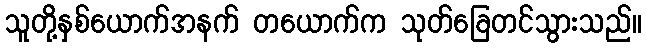
သူတို့နှစ်ယောက်အနက် တယောက်က သုတ်ခြေတင်သွားသည်။